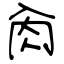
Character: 肏